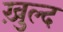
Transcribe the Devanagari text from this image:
ख़ुल्द